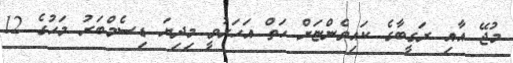
މުޖޭ އާއި ރަގީބާގެ ކައިވެންޏަށް ހަތް އަހަރުވީ މިދިޔަ ޑިސެމްބަރު މަހުގެ 12